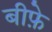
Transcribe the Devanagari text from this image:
बीफ़े